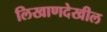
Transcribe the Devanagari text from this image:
लिखाणदेखील